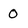
Character: 0